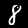
Label: 8